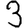
Digit: 3